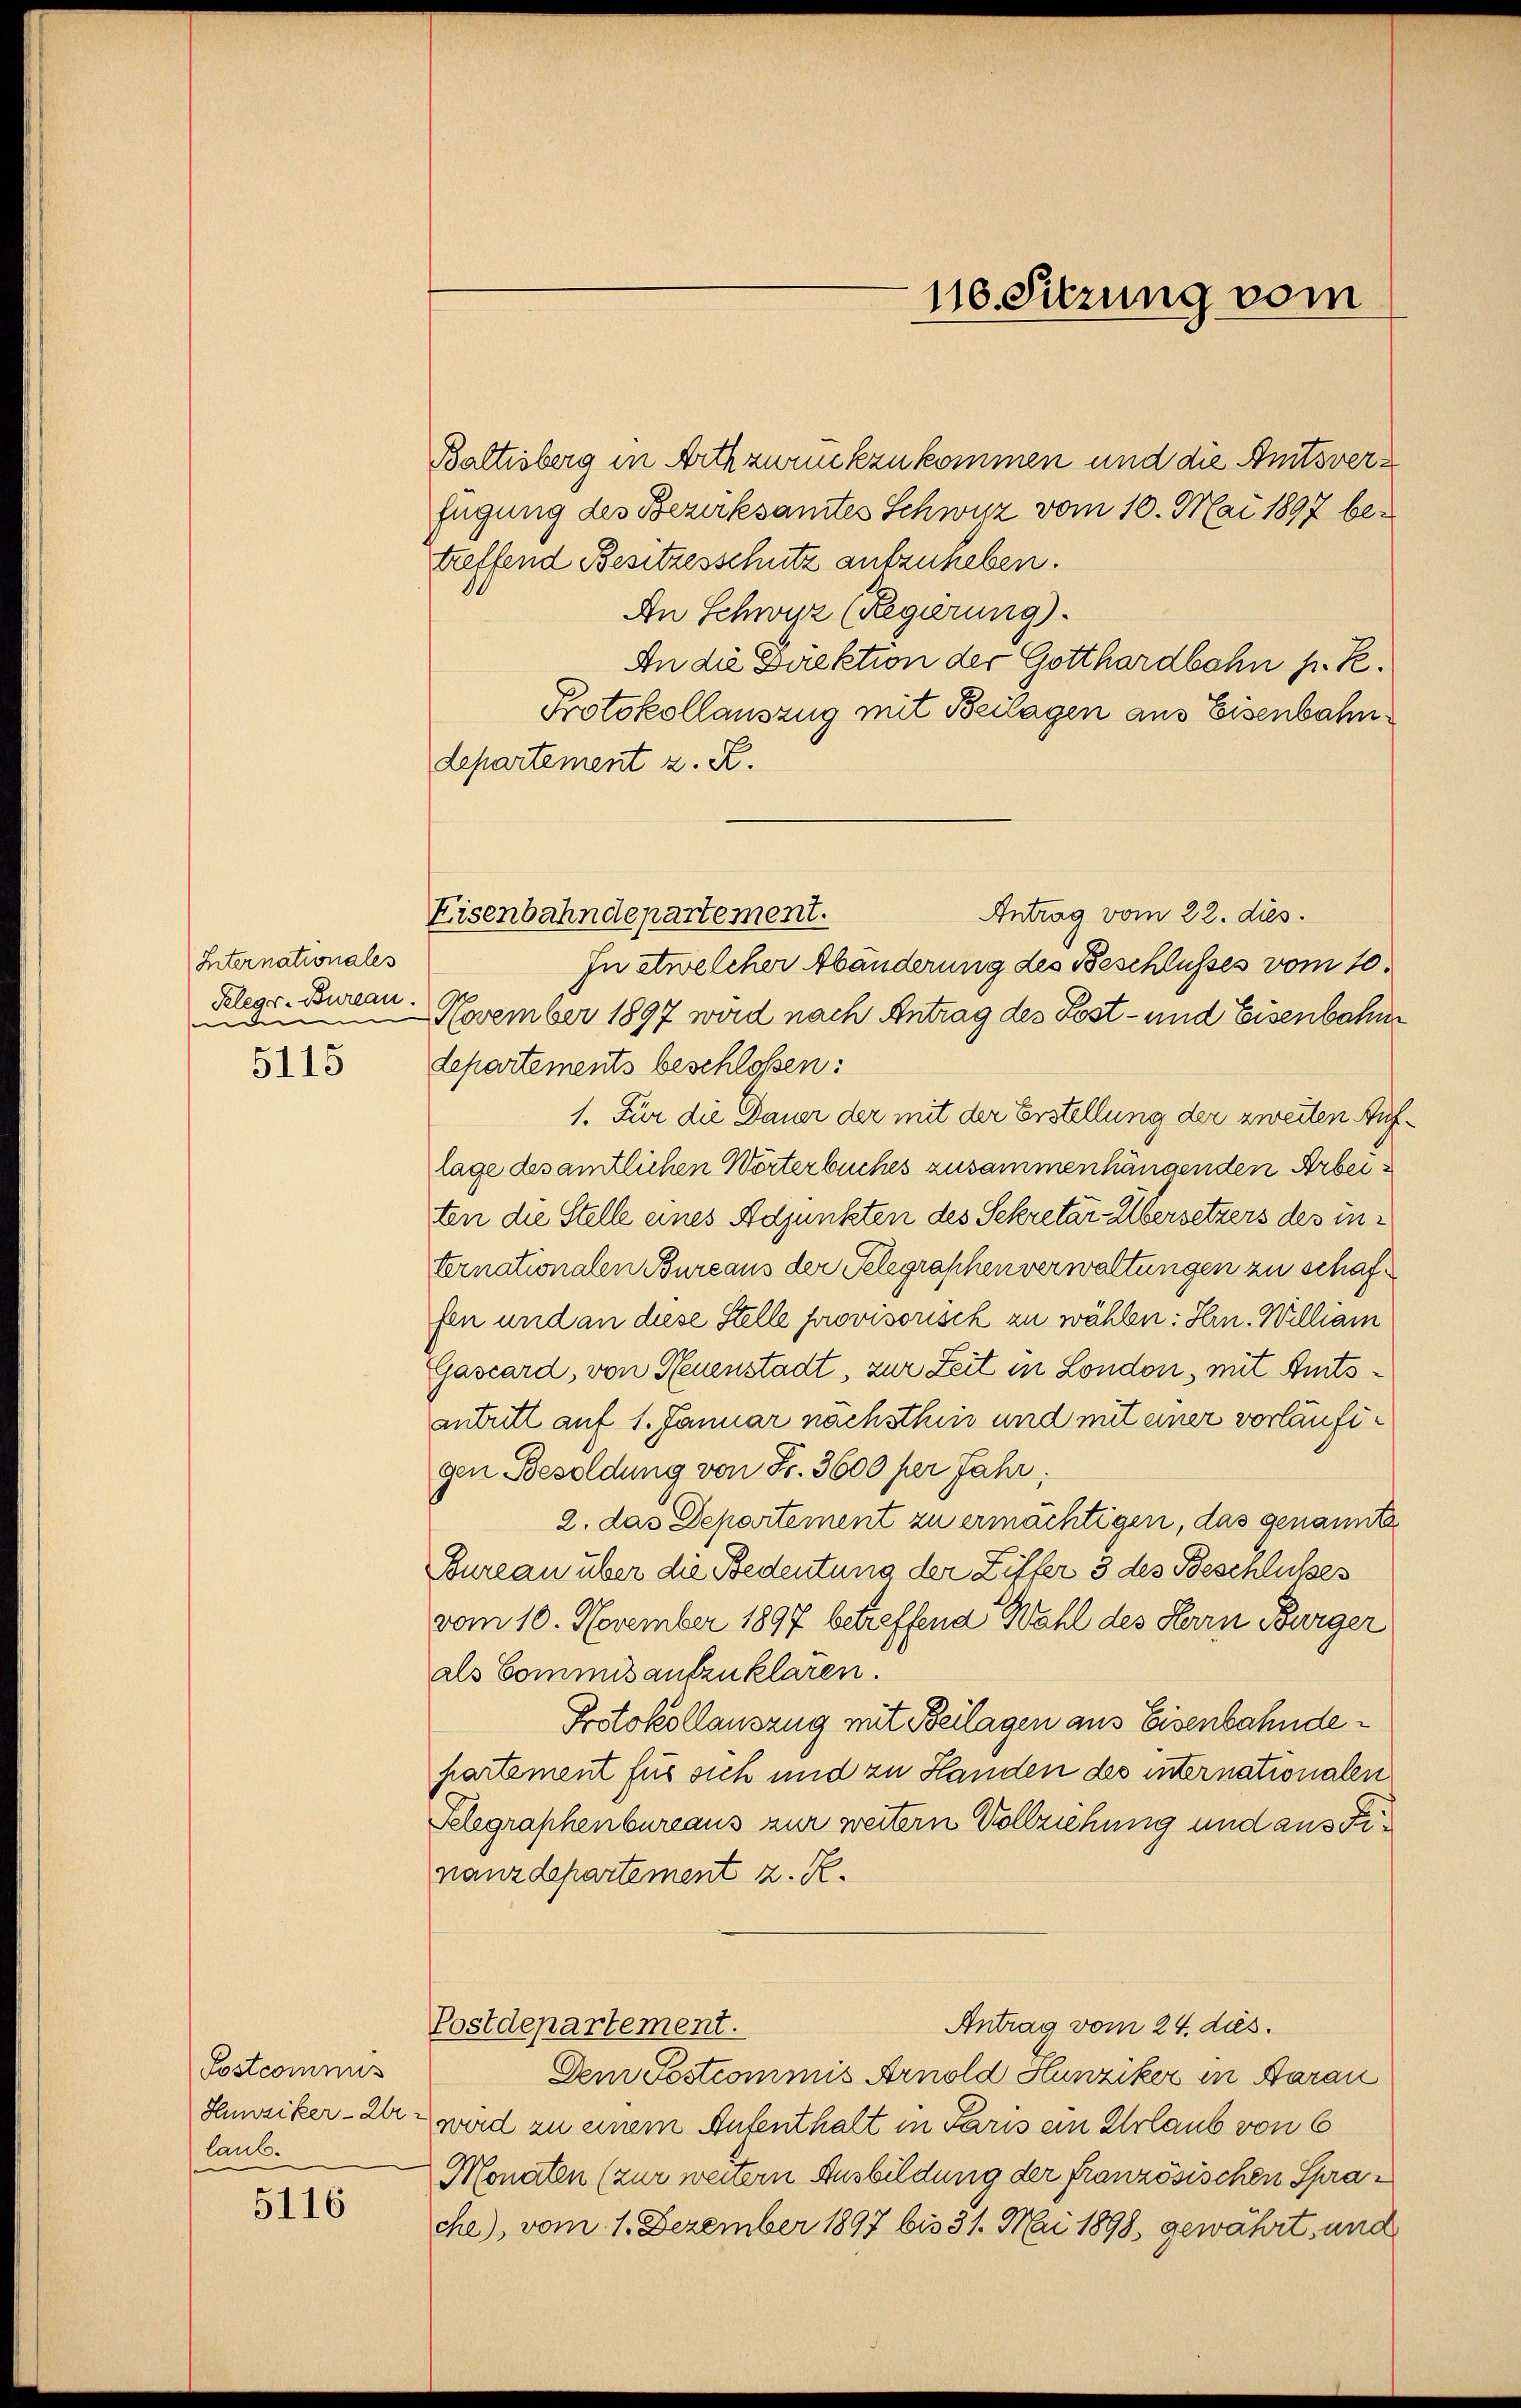
Iternationales
Kelegs-Bureau.
de |
5115

Postcommis
laub.

5116

Baltisberg in Arth zurückzukommen und die Amtsverfügung des Bezirksamtes Schwyz vom 10. Mai 1897 betreffend Besitzesschutz aufzuheben.
An Schwyz (Regierung).
An die Direktion der Gotthardbahn h. T.
Protokollauszug mit Beilagen aus Eisenbahndepartement z. R.
Antrag vom 22. dies.
In etwelcher Abänderung des Beschlusses vom 10.
November 1897 wird nach Antrag des Post- und Eisenbahne
departements beschlossen:
1. Für die Dauer der mit der Erstellung der zweiten Aug
lage des amtlichen Wörterbuches zusammenhängenden Arbeiten die Stelle eines Adjunkten des Sekretär Übersetzers des internationalen Bureaus der Telegraschen verwaltungen zu schaffen und an diese Stelle provisorisch zu wählen: Hrn. William
Gascard, von Neuenstadt, zur Zeit in London, mit Amtsantritt auf 1. Januar nachsthin und mit einer vorläufigen Besoldung von Fr. 3600 per Jahr,
2. das Departement zu ermächtigen, das genannte
Bureau über die Bedeutung der Ziffer 3 des Beschlusses
vom 10. November 1897 betreffend Wahl des Herrn Bürger
als Commis aufzuklären.
Protokollauszug mit Beilagen aus Eisenbahndepartement für sich und zu Handen des internationalen
Telegraphenbureaus zur weitern Vollziehung und aus Finanzdepartement z. R.
Antrag vom 24. ds.
Postdepartement.
Dem Postcommis Arnold Hunziker in Aarau
Saussiker- der Zwird zu einem Aufenthalt in Paris ein Urlaub von 6
Monaten (zur weitern Ausbildung der französischen Sprache), vom 1. Dezember 1897 bis 31. Mai 1898, gewährt, und

Eisenbahndepartement.

110. Sitzung vom